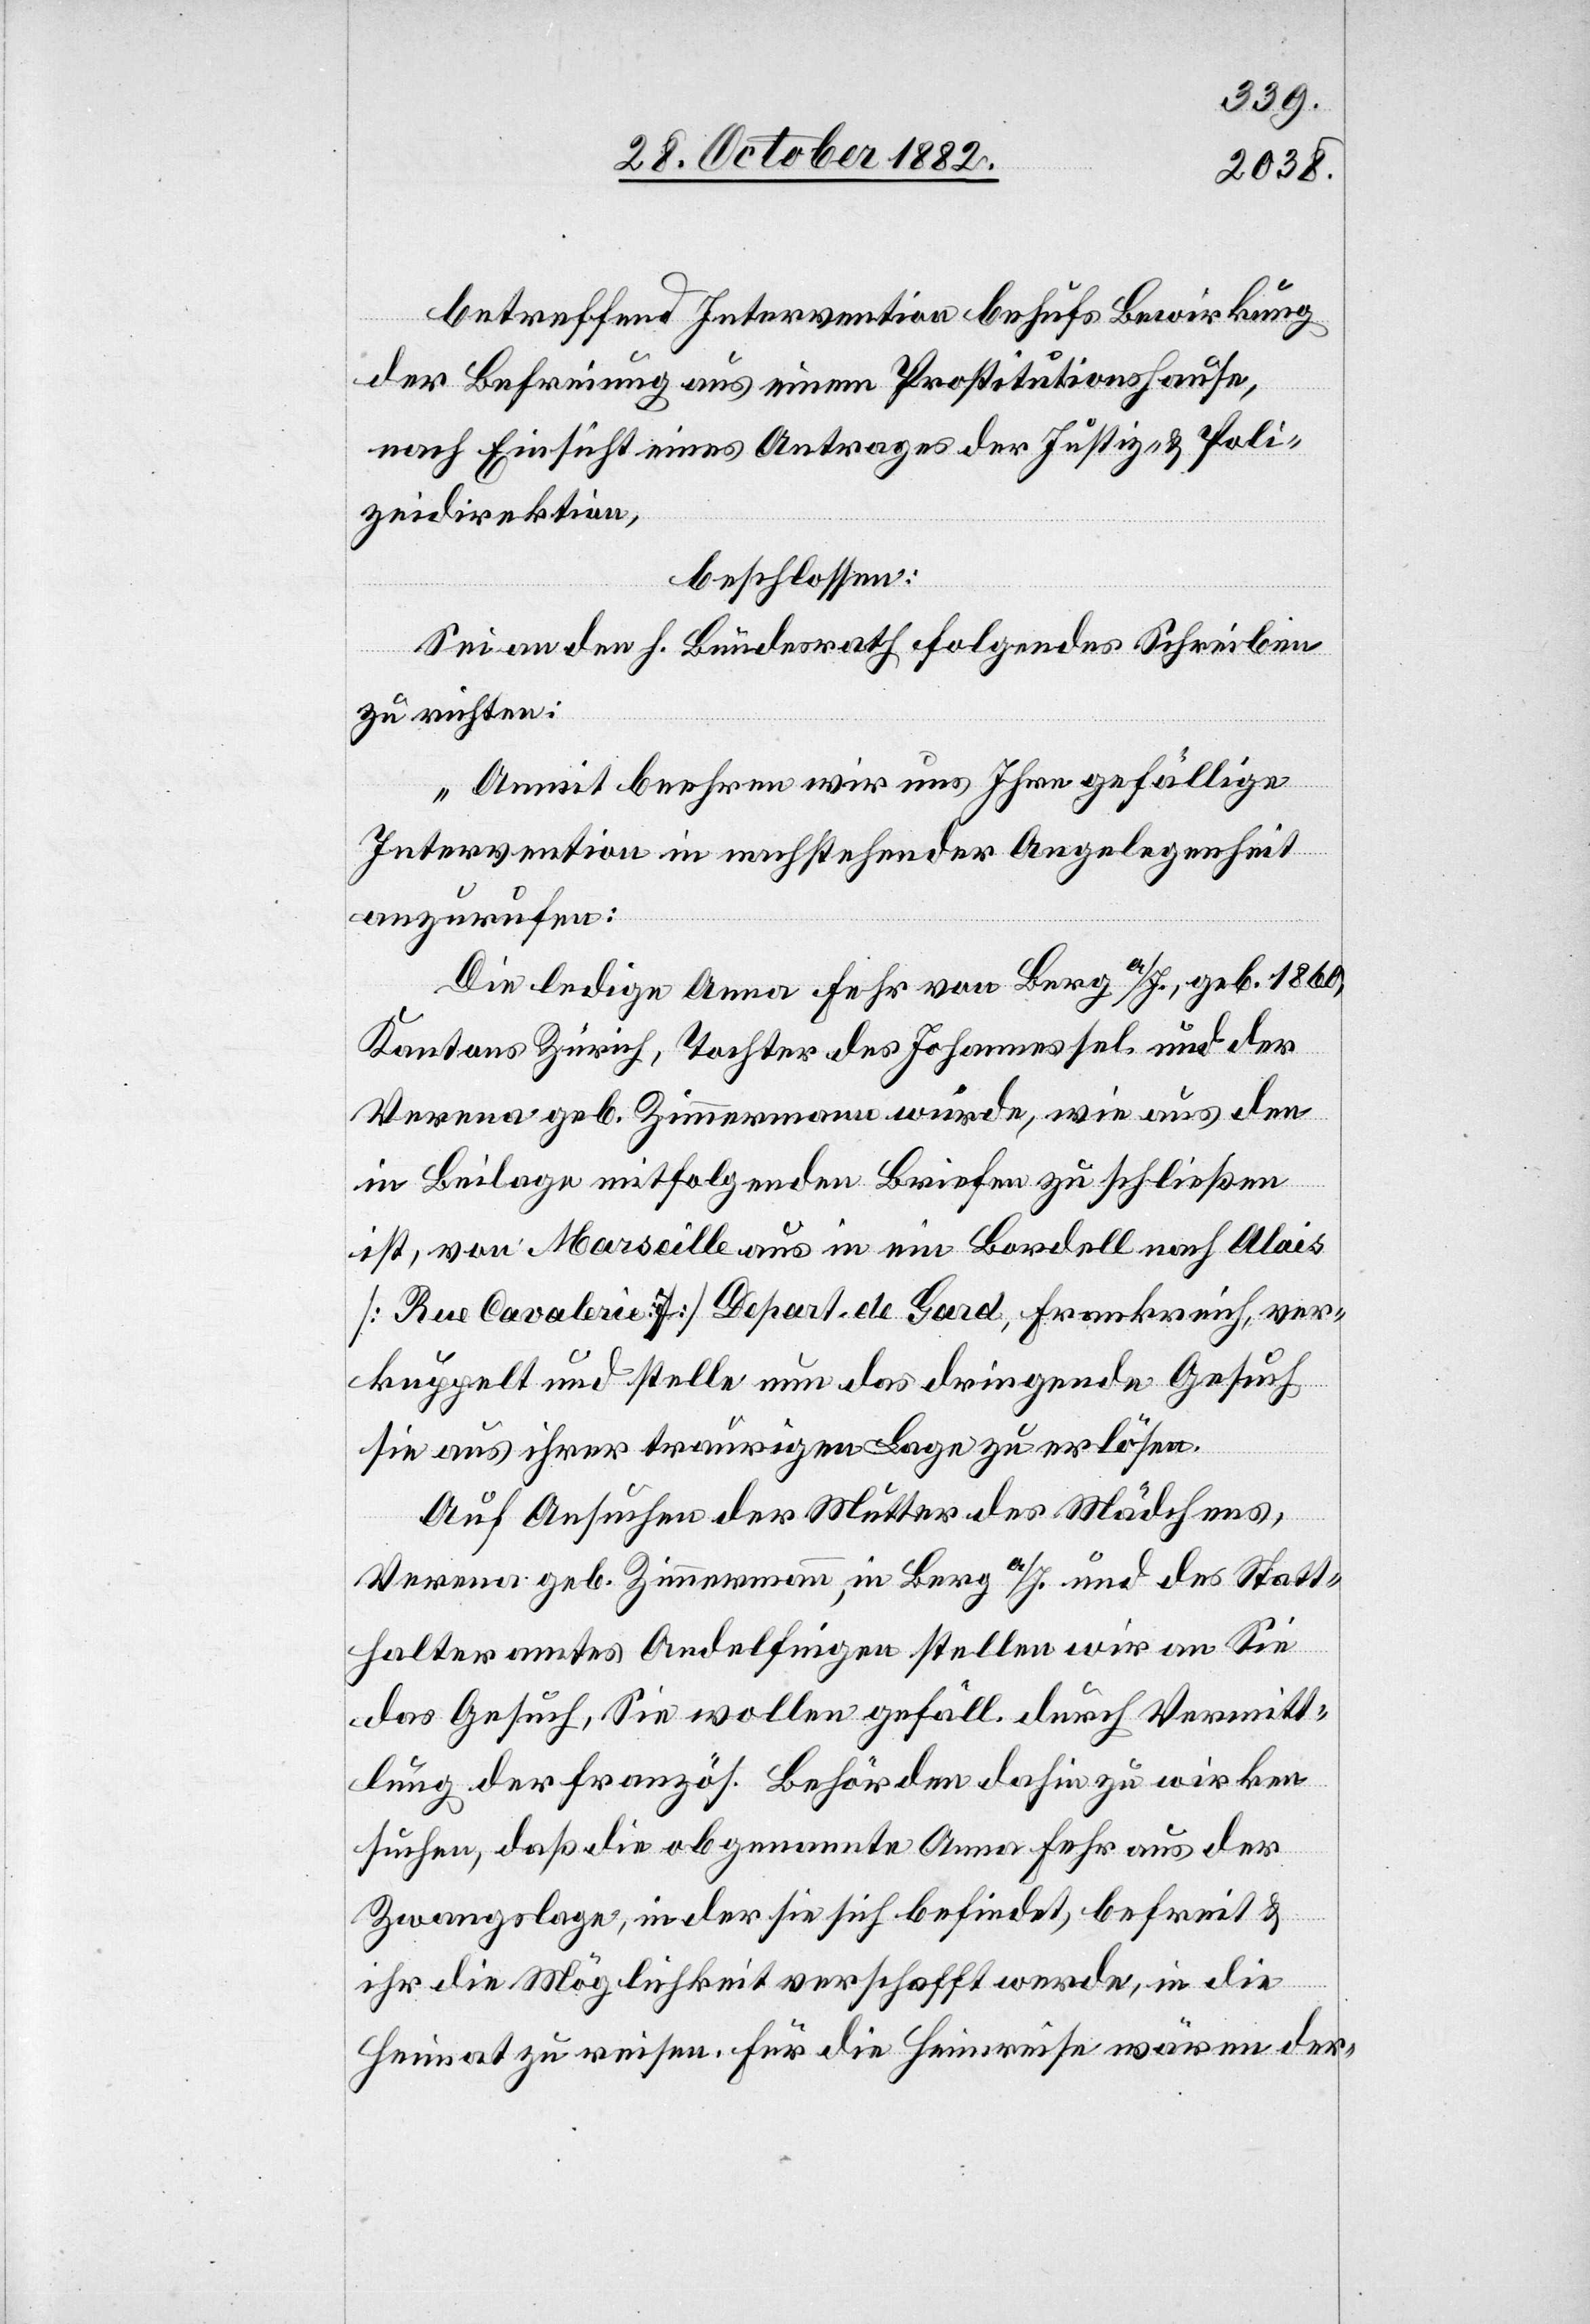
betreffend Intervention behufs Bewirkung
der Befreiung aus einem Prostitutionshause,
nach Einsicht eines Antrages der Justiz- & Poli¬
zeidirektion,
beschlossen:
Sei an den h. Bundesrath folgendes Schreiben
zu richten:
„Anmit beehren wir uns Ihre gefällige
Intervention in nachstehender Angelegenheit
anzurufen:
Die ledige Anna Fehr von Berg a/I., geb. 1860,
Kantons Zürich, Tochter des Johannes sel. und der
Verena geb. Zimmermann wurde, wie aus den
in Beilage mitfolgenden Briefen zu schließen
ist, von Marseille aus in ein Bordell nach Alais
[Rue Cavalerie 7] Depart. de Gard, Frankreich, ver¬
kuppelt und stelle nun das dringende Gesuch
sie aus ihrer traurigen Lage zu erlösen.
Auf Ansuchen der Mutter des Mädchens,
Verena geb. Zimmermann, in Berg a/I. und des Statt¬
halteramtes Andelfingen stellen wir an Sie
das Gesuch, Sie wollen gefäll. durch Vermitt¬
lung der französ. Behörden dahin zu wirken
suchen, daß die obgenannte Anna Fehr aus der
Zwangslage, in der sie sich befindet, befreit &
ihr die Möglichkeit verschafft werde, in die
Heimat zu reisen. Für die Heimreise wären der-